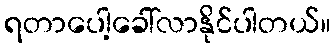
ရတာပေါ့ခေါ်လာနိုင်ပါတယ်။